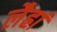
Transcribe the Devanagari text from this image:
लैह्रां